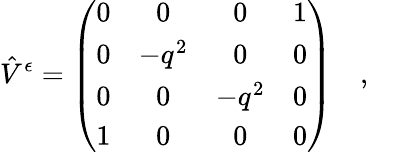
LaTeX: \hat{V}^{\epsilon}=\left(\begin{array}{cccc}{{0}}&{{0}}&{{0}}&{{1}}\\ {{0}}&{{-q^{2}}}&{{0}}&{{0}}\\ {{0}}&{{0}}&{{-q^{2}}}&{{0}}\\ {{1}}&{{0}}&{{0}}&{{0}}\end{array}\right)\quad,\quad